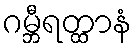
ဂမ္ဘီရတ္ထာနံ